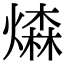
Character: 𤏗